Reports on dispensaries and lunatic asylums in the Province of Oudh - 1869-1876
Year: 1869
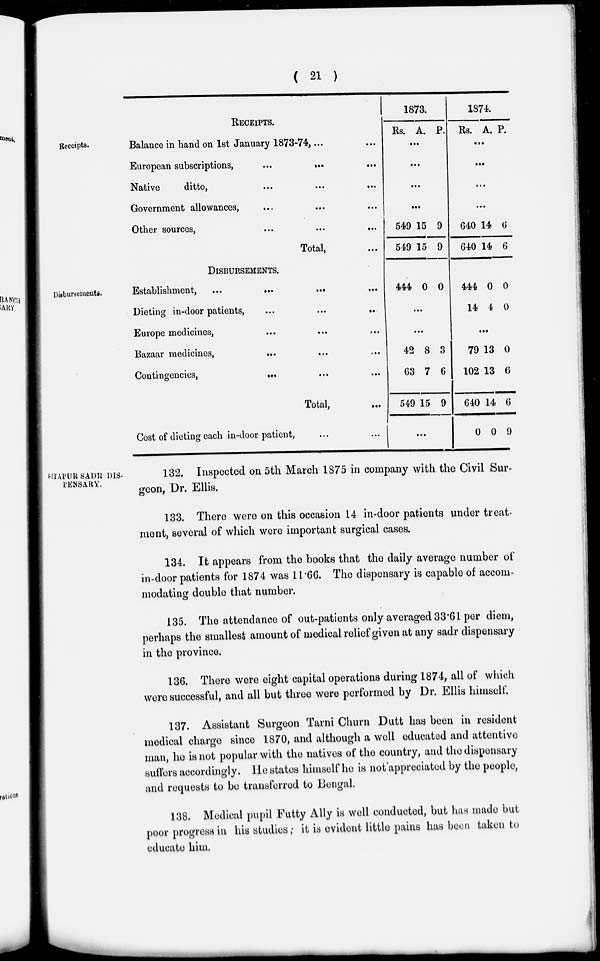
( 21 )
Receipts.
RECEIPTS.
Balance in hand on 1st January 1873-74, ... ...
European subscriptions,
...
... ...
Native
ditto,
...
...
...
Government allowances, ... ... ...
Other sources, ... ... ...
Total, ...
1873.
Rs. A. P.
...
...
...
...
549
549
15
15
9
9
1874.
Rs. A. P.
...
..
...
...
640
640
14
14
6
6
Disbursements.
DISBURSEMENTS.
Establishment, ...
...
...
Dieting in-door patients,
...
...
...
Europe medicines, ... ... ..
Bazaar medicines, ... ... ...
Contingencies,
...
...
...
Total,
...
Cost of dieting each in-door patient, ... ...
444 0 0
...
...
42
63
549
8
7
15
3
6
9
...
444
14
0
4
0
0
...
79
102
640
0
13
13
14
0
0
6
6
9
SITAPUR SADR DIS-
PENSARY.
132. Inspected on 5th March 1875 in company with the Civil Sur-
geon, Dr. Ellis,
133. There were on this occasion 14 in-door patients under treat-
ment, several of which were important surgical cases.
134. It appears from the books that the daily average number of
in-door patients for 1874 was 11.66. The dispensary is capable of accom-
modating double that number.
135. The attendance of out-patients only averaged 33.61 per diem,
perhaps the smallest amount of medical relief given at any sadr dispensary
in the province.
136. There were eight capital operations during 1874, all of which
were successful, and all but three were performed by Dr. Ellis himself.
137. Assistant Surgeon Tarni Churn Dutt has been in resident
medical charge since 1870, and although a well educated and attentive
man, he is not popular with the natives of the country, and the dispensary
suffers accordingly. He states himself he is not appreciated by the people,
and requests to be transferred to Bengal.
138. Medical pupil Futty Ally is well conducted, but has made but
poor progress in his studies; it is evident little pains has been taken to
educate him.